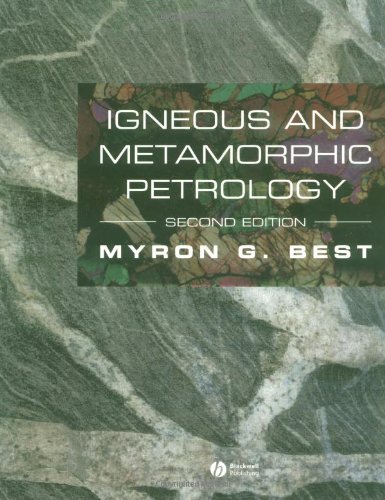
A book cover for Igneous and Metamorphic Petrology; Myron G. Best; Science & Math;